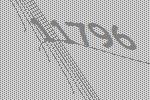
11796